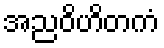
အညဝိဟိတကံ